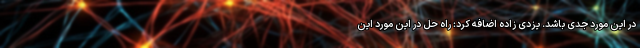
در این مورد جدی باشد. یزدی زاده اضافه کرد: راه حل در این مورد این